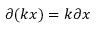
\partial ( k x ) = k \partial x